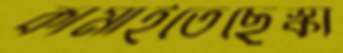
কামাইতেছেস্কা